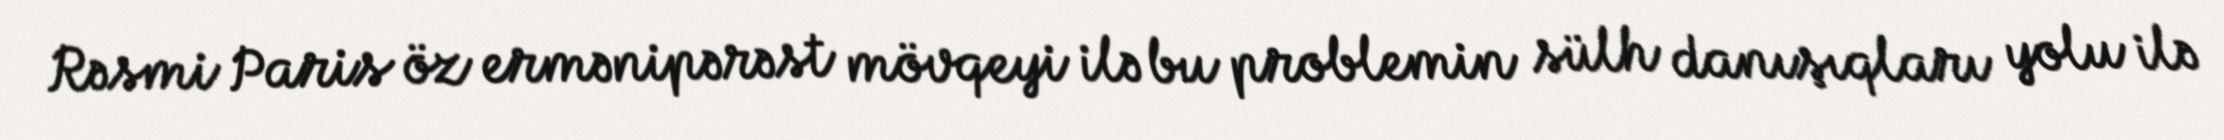
Rəsmi Paris öz ermənipərəst mövqeyi ilə bu problemin sülh danışıqları yolu ilə